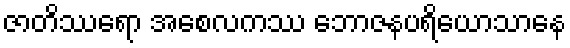
ဇာတိဿရော အစေလကဿ ဘောဇနပရိယောသာနေ